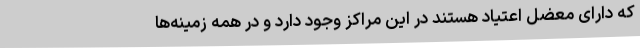
که دارای معضل اعتیاد هستند در این مراکز وجود دارد و در همه زمینه‌ها